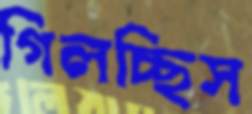
গিলচ্ছিস